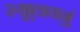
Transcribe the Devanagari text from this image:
स्थूलतनुं